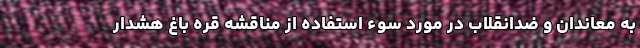
به معاندان و ضدانقلاب در مورد سوء استفاده از مناقشه قره باغ هشدار